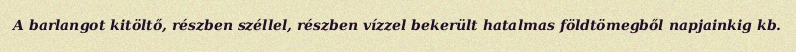
A barlangot kitöltő, részben széllel, részben vízzel bekerült hatalmas földtömegből napjainkig kb.